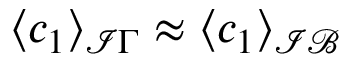
\langle c _ { 1 } \rangle _ { \mathcal I \Gamma } \approx \langle c _ { 1 } \rangle _ { \mathcal { I B } }